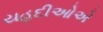
યહૂદીઓએ